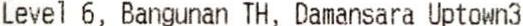
LEVEL 6, BANGUNAN TH, DAMANSARA UPTOWN3